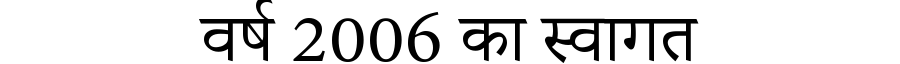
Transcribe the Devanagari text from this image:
वर्ष 2006 का स्वागत